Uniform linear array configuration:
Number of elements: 32
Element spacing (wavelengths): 0.5
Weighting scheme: uniform
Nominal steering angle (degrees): -60
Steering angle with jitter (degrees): -58.397
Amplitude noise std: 0.05
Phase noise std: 0.05

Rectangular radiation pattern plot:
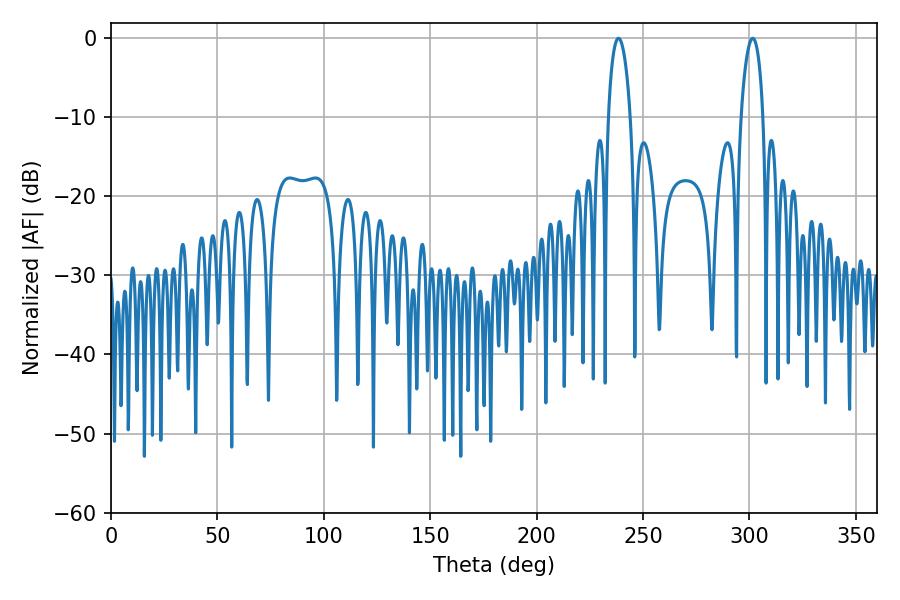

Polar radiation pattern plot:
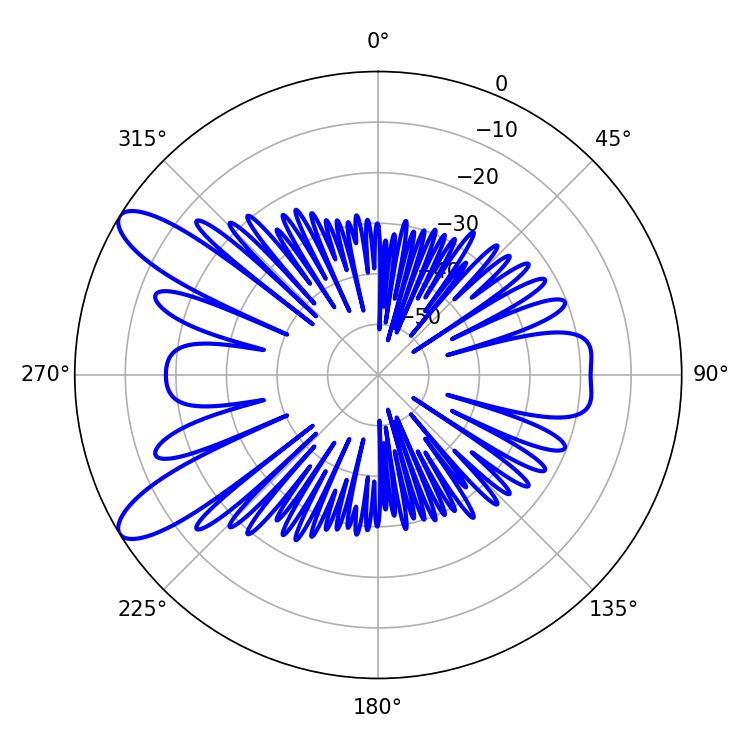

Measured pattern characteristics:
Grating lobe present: FALSE
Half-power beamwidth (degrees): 5.94
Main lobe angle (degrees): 301.5